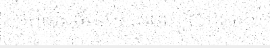
អំពីជីវិតពិតរបស់ជនភៀសខ្លួនខ្មែរ